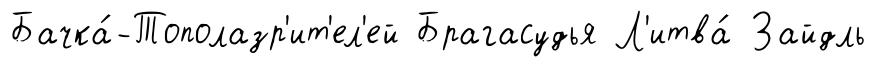
Бачка́-Тополазр'ит'ел'ей Брагасудья Л'итва́ Зайдль